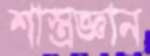
শাস্ত্রজ্ঞান